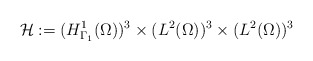
\begin{align*}\mathcal{H} := (H^{1}_{\Gamma_{1}}(\Omega))^{3} \times (L^{2}(\Omega))^{3} \times (L^{2}(\Omega))^{3} \end{align*}